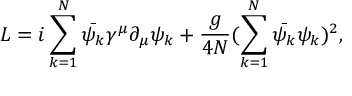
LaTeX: L = i \sum _ { k = 1 } ^ { N } \bar { \psi _ { k } } \gamma ^ { \mu } \partial _ { \mu } \psi _ { k } + \frac { g } { 4 N } ( \sum _ { k = 1 } ^ { N } \bar { \psi _ { k } } \psi _ { k } ) ^ { 2 } ,